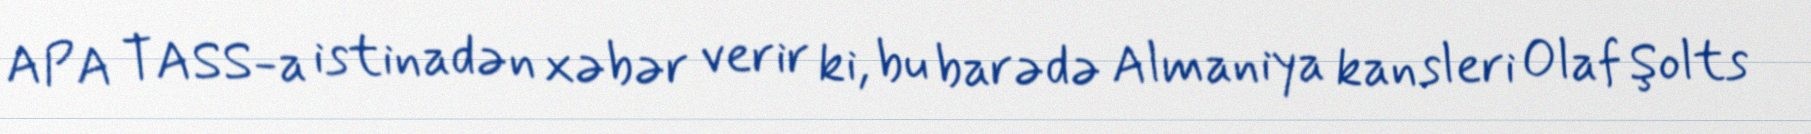
APA TASS-a istinadən xəbər verir ki, bu barədə Almaniya kansleri Olaf Şolts